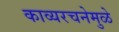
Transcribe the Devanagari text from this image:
काव्यरचनेमुळे